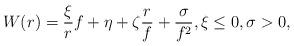
LaTeX: \begin{align*} W(r) = \frac{\xi}{r} f + \eta + \zeta \frac{r}{f} + \frac{\sigma}{f^2}, \xi \le 0, \sigma>0,\end{align*}